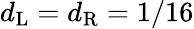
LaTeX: d_{\mathrm{L}}=d_{\mathrm{R}}=1/16